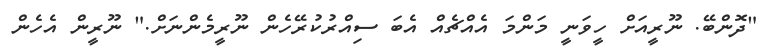
"ދޮންބޭ. ނޫރީއަށް ހީވަނީ މަންމަ އެއްޗެއް އެބަ ސިއްރުކުރޭހެން ނޫރީމެންނަށް." ނޫރީން އެހެން